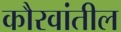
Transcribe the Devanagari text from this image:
कौरवांतील